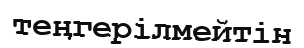
теңгерілмейтін